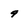
Character: 9